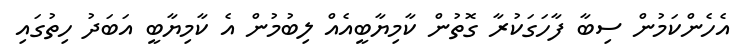
އެހެންކަމުން ސިބާ ފާހަގަކުރާ ގޮތުން ކާމިޔާބީއެއް ލިބުމުން އެ ކާމިޔާބީ އަބަދު ހިތުގައި